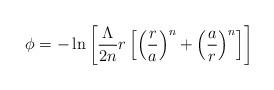
LaTeX: \begin{align*}\phi=-\ln\left[\frac{\Lambda }{2n}r\left[\left(\frac{r}{a}\right)^n+\left(\frac{a}{r}\right)^n\right]\right]\end{align*}